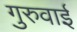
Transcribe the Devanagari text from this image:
गुरुवाई